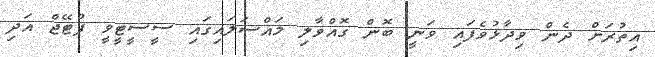
އިތުރަށް ދެން ވިދާޅުވެފައި ވަނީ ބޮން ގޮއްވާލި މައްސަލައިގައި ސީސީޓީވީ ފުޓޭޖް އަދި